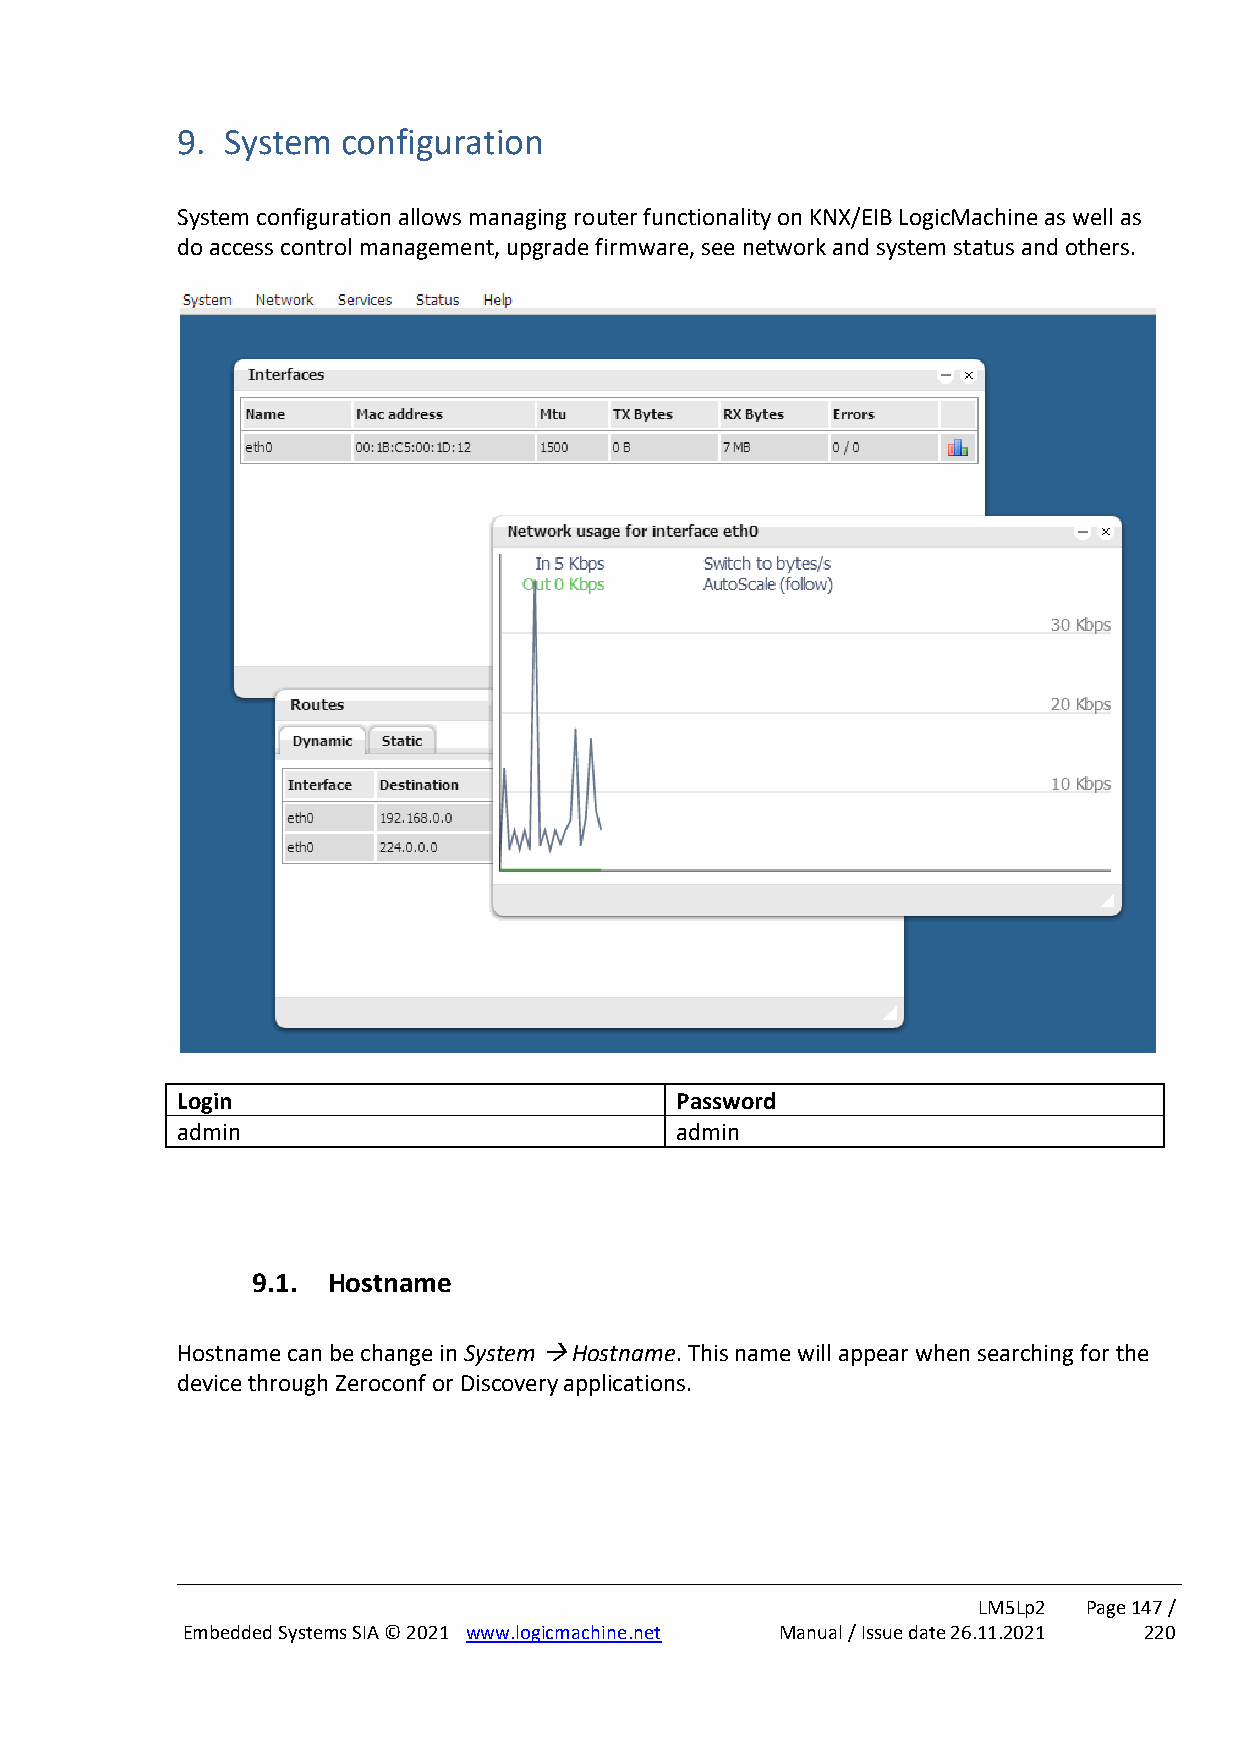
9. System  configuration
 System configuration allows managing router functionality on KNX/EIB LogicMachine as well as
 do access control management, upgrade firmware, see network and system status and others.
 Login                            Password
 admin                            admin
 9.1. Hostname
 Hostname can be change in System → Hostname. This name will appear when searching for the
 device through Zeroconf or Discovery applications.
 LM5Lp2 Page 147 /
 Embedded Systems SIA © 2021 www.logicmachine.net Manual / Issue date 26.11.2021 220